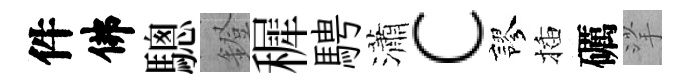
件佛驄鐙穉騁瀟c謬插礪挲